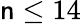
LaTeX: \mathsf{n}\leq14